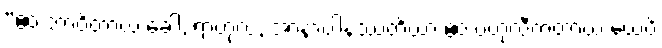
“ဧဝံ ဘာဝိတာယ ခေါ, ရာဟုလ, အာနာပါနဿတိယာ ဧဝံ ဗဟုလီကတာယ ယေပိ